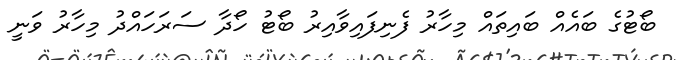
ބޯޓުގެ ބައެއް ބައިތައް މިހާރު ފެނިފައިވާއިރު ބޯޓު ހޯދާ ސަރަހައްދު މިހާރު ވަނީ